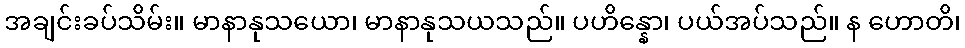
အချင်းခပ်သိမ်း။ မာနာနုသယော၊ မာနာနုသယသည်။ ပဟိန္နော၊ ပယ်အပ်သည်။ န ဟောတိ၊